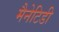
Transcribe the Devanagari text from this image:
मैनेटिडी